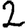
Digit: 2